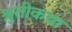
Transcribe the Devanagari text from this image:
श्रुतीकथा